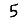
Digit: 5